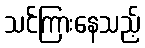
သင်ကြားနေသည့်